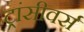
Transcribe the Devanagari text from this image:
ट्रांसीवर्स